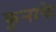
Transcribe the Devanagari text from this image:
कुनाफे